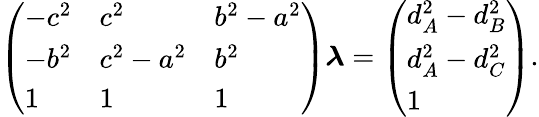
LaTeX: \left({\begin{array}{lll}{-c^{2}}&{c^{2}}&{b^{2}-a^{2}}\\ {-b^{2}}&{c^{2}-a^{2}}&{b^{2}}\\ {1}&{1}&{1}\end{array}}\right){\boldsymbol{\lambda}}=\left({\begin{array}{l}{d_{A}^{2}-d_{B}^{2}}\\ {d_{A}^{2}-d_{C}^{2}}\\ {1}\end{array}}\right).